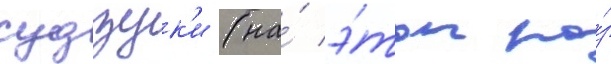
судзук'и (на́ э́тот ра́з